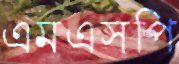
এমএসপি